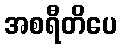
အစရီတိပေ